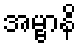
အမ္ဗာနိ